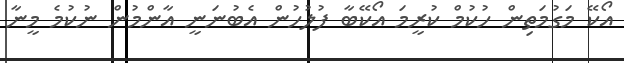
އޯކޭ މަގުމަތިން ހުކުމް ކުރީމަ އޯކޭބާ ފުލުހުން އެބުނަނީ އާންމުން ނުކުމެ މީނާ